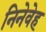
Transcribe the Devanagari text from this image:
निनेवेह